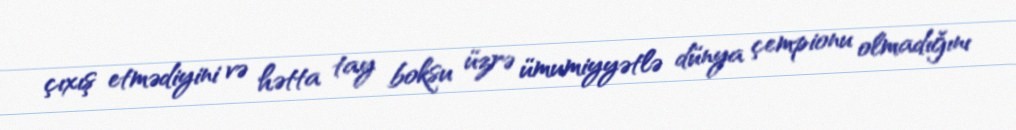
çıxış etmədiyini və hətta tay boksu üzrə ümumiyyətlə dünya çempionu olmadığını